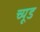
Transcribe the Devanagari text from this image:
च्यूड